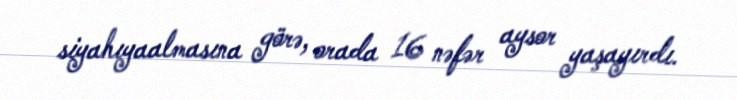
siyahıyaalmasına görə, orada 16 nəfər aysor yaşayırdı.